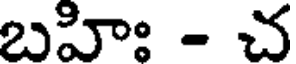
బహిః - చ